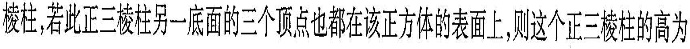
棱柱，若此正三棱柱另一底面的三个顶点也都在该正方体的表面上，则这个正三棱柱的高为